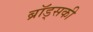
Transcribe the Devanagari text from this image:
ब्रॉड्सकी